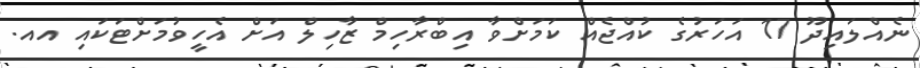
ނެއްލައިދޫ 17 އަހަރުގެ ކުއްޖެއް ކަމަށްވާ އިބްރާހިމް ޒާހިލް އަށް އެހީވުމަށްޓަކައި އއ.